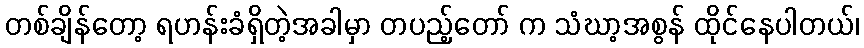
တစ်ချိန်တော့ ရဟန်းခံရှိတဲ့အခါမှာ တပည့်တော် က သံဃာ့အစွန် ထိုင်နေပါတယ်၊